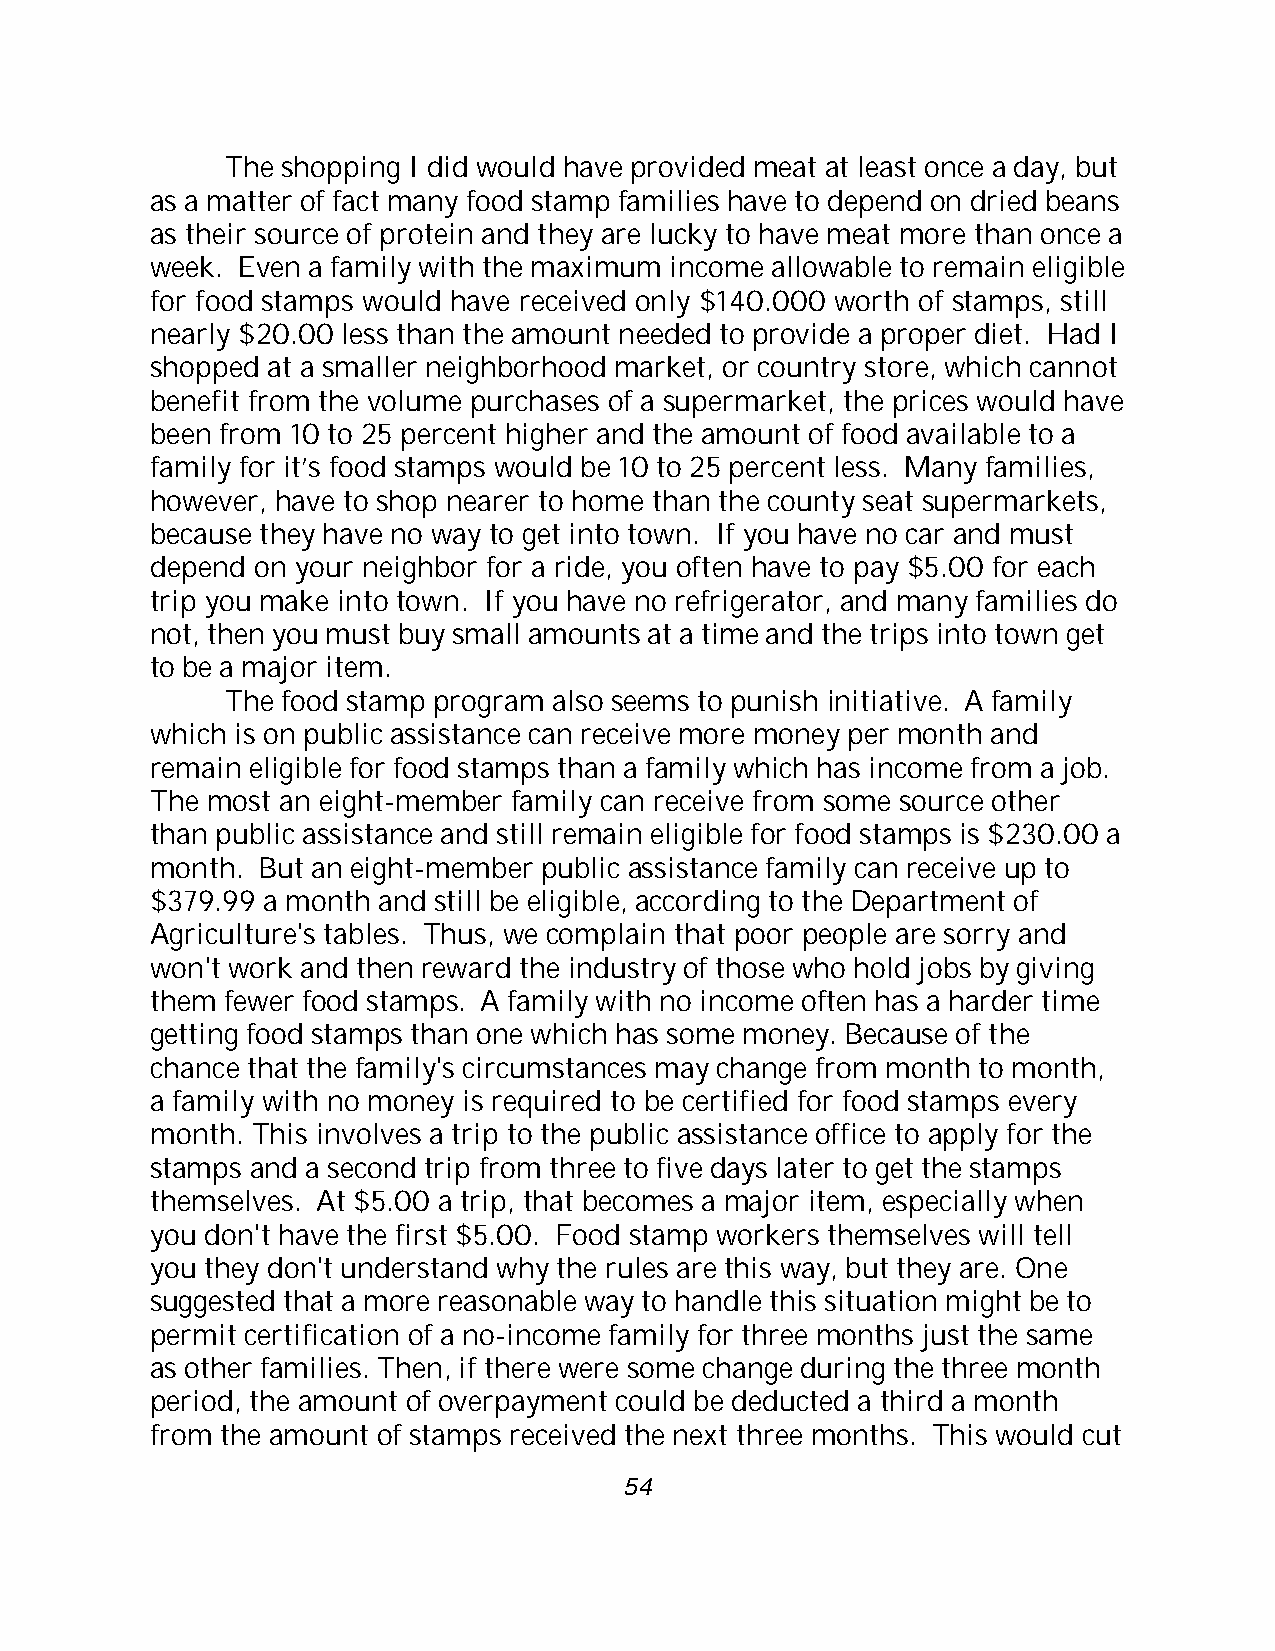
The shopping I did would have provided meat at least once a day, but
 as a matter of fact many food stamp families have to depend on dried beans
 as their source of protein and they are lucky to have meat more than once a
 week. Even a family with the maximum income allowable to remain eligible
 for food stamps would have received only $140.000 worth of stamps, still
 nearly $20.00 less than the amount needed to provide a proper diet. Had I
 shopped at a smaller neighborhood market, or country store, which cannot
 benefit from the volume purchases of a supermarket, the prices would have
 been from 10 to 25 percent higher and the amount of food available to a
 family for it’s food stamps would be 10 to 25 percent less. Many families,
 however, have to shop nearer to home than the county seat supermarkets,
 because they have no way to get into town. If you have no car and must
 depend on your neighbor for a ride, you often have to pay $5.00 for each
 trip you make into town. If you have no refrigerator, and many families do
 not, then you must buy small amounts at a time and the trips into town get
 to be a major item.
 The food stamp program also seems to punish initiative. A family
 which is on public assistance can receive more money per month and
 remain eligible for food stamps than a family which has income from a job.
 The most an eight-member family can receive from some source other
 than public assistance and still remain eligible for food stamps is $230.00 a
 month. But an eight-member public assistance family can receive up to
 $379.99 a month and still be eligible, according to the Department of
 Agriculture's tables. Thus, we complain that poor people are sorry and
 won't work and then reward the industry of those who hold jobs by giving
 them fewer food stamps. A family with no income often has a harder time
 getting food stamps than one which has some money. Because of the
 chance that the family's circumstances may change from month to month,
 a family with no money is required to be certified for food stamps every
 month. This involves a trip to the public assistance office to apply for the
 stamps and a second trip from three to five days later to get the stamps
 themselves. At $5.00 a trip, that becomes a major item, especially when
 you don't have the first $5.00. Food stamp workers themselves will tell
 you they don't understand why the rules are this way, but they are. One
 suggested that a more reasonable way to handle this situation might be to
 permit certification of a no-income family for three months just the same
 as other families. Then, if there were some change during the three month
 period, the amount of overpayment could be deducted a third a month
 from the amount of stamps received the next three months. This would cut
 54